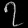
Digit: ၇